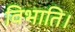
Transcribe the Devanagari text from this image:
विभाति।